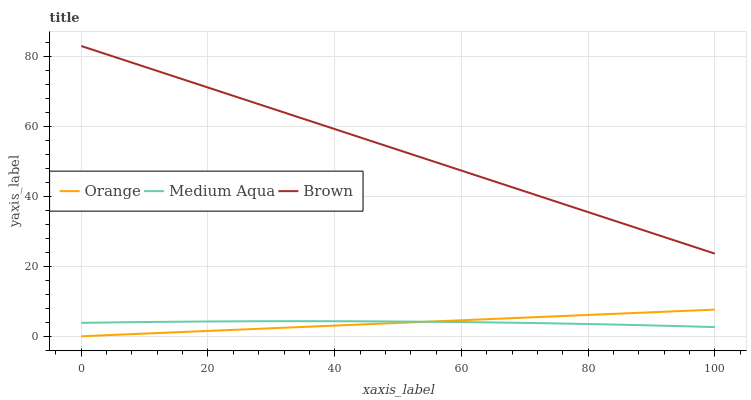
| xaxis_label | Orange | Medium Aqua | Brown |
 | --- | --- | --- | --- |
 | 0 | 0 | 3.83 | 83 |
 | 5.26 | 0.401 | 3.96 | 79.9 |
 | 10.5 | 0.802 | 4.08 | 76.8 |
 | 15.8 | 1.2 | 4.17 | 73.6 |
 | 21.1 | 1.6 | 4.24 | 70.5 |
 | 26.3 | 2 | 4.28 | 67.4 |
 | 31.6 | 2.41 | 4.31 | 64.3 |
 | 36.8 | 2.81 | 4.31 | 61.1 |
 | 42.1 | 3.21 | 4.29 | 58 |
 | 47.4 | 3.61 | 4.25 | 54.9 |
 | 52.6 | 4.01 | 4.18 | 51.8 |
 | 57.9 | 4.41 | 4.1 | 48.6 |
 | 63.2 | 4.81 | 3.99 | 45.5 |
 | 68.4 | 5.21 | 3.86 | 42.4 |
 | 73.7 | 5.61 | 3.71 | 39.3 |
 | 78.9 | 6.01 | 3.53 | 36.1 |
 | 84.2 | 6.41 | 3.34 | 33 |
 | 89.5 | 6.81 | 3.12 | 29.9 |
 | 94.7 | 7.22 | 2.88 | 26.8 |
 | 100 | 7.62 | 2.62 | 23.6 |